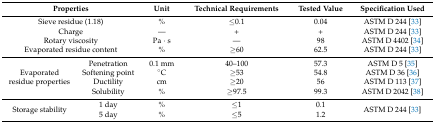
<table><thead><tr><td colspan="2"><b>Properties</b></td><td><b>Unit</b></td><td><b>Technical Requirements</b></td><td><b>Tested Value</b></td><td><b>Specification Used</b></td></tr></thead><tbody><tr><td colspan="2">Sieve residue (1.18)</td><td>%</td><td>≤0.1</td><td>0.04</td><td>ASTM D 244 [33]</td></tr><tr><td colspan="2">Charge</td><td>—</td><td>+</td><td>+</td><td>ASTM D 244 [33]</td></tr><tr><td colspan="2">Rotary viscosity</td><td>Pa · s</td><td>—</td><td>98</td><td>ASTM D 4402 [34]</td></tr><tr><td colspan="2">Evaporated residue content</td><td>%</td><td>≥60</td><td>62.5</td><td>ASTM D 244 [33]</td></tr><tr><td rowspan="4">Evaporated residue properties</td><td>Penetration</td><td>0.1 mm</td><td>40–100</td><td>57.3</td><td>ASTM D 5 [35]</td></tr><tr><td>Softening point</td><td>°C</td><td>≥53</td><td>54.8</td><td>ASTM D 36 [36]</td></tr><tr><td>Ductility</td><td>cm</td><td>≥20</td><td>56</td><td>ASTM D 113 [37]</td></tr><tr><td>Solubility</td><td>%</td><td>≥97.5</td><td>99.3</td><td>ASTM D 2042 [38]</td></tr><tr><td rowspan="2">Storage stability</td><td>1 day</td><td>%</td><td>≤1</td><td>0.1</td><td rowspan="2">ASTM D 244 [33]</td></tr><tr><td>5 day</td><td>%</td><td>≤5</td><td>1.2</td></tr></tbody></table>